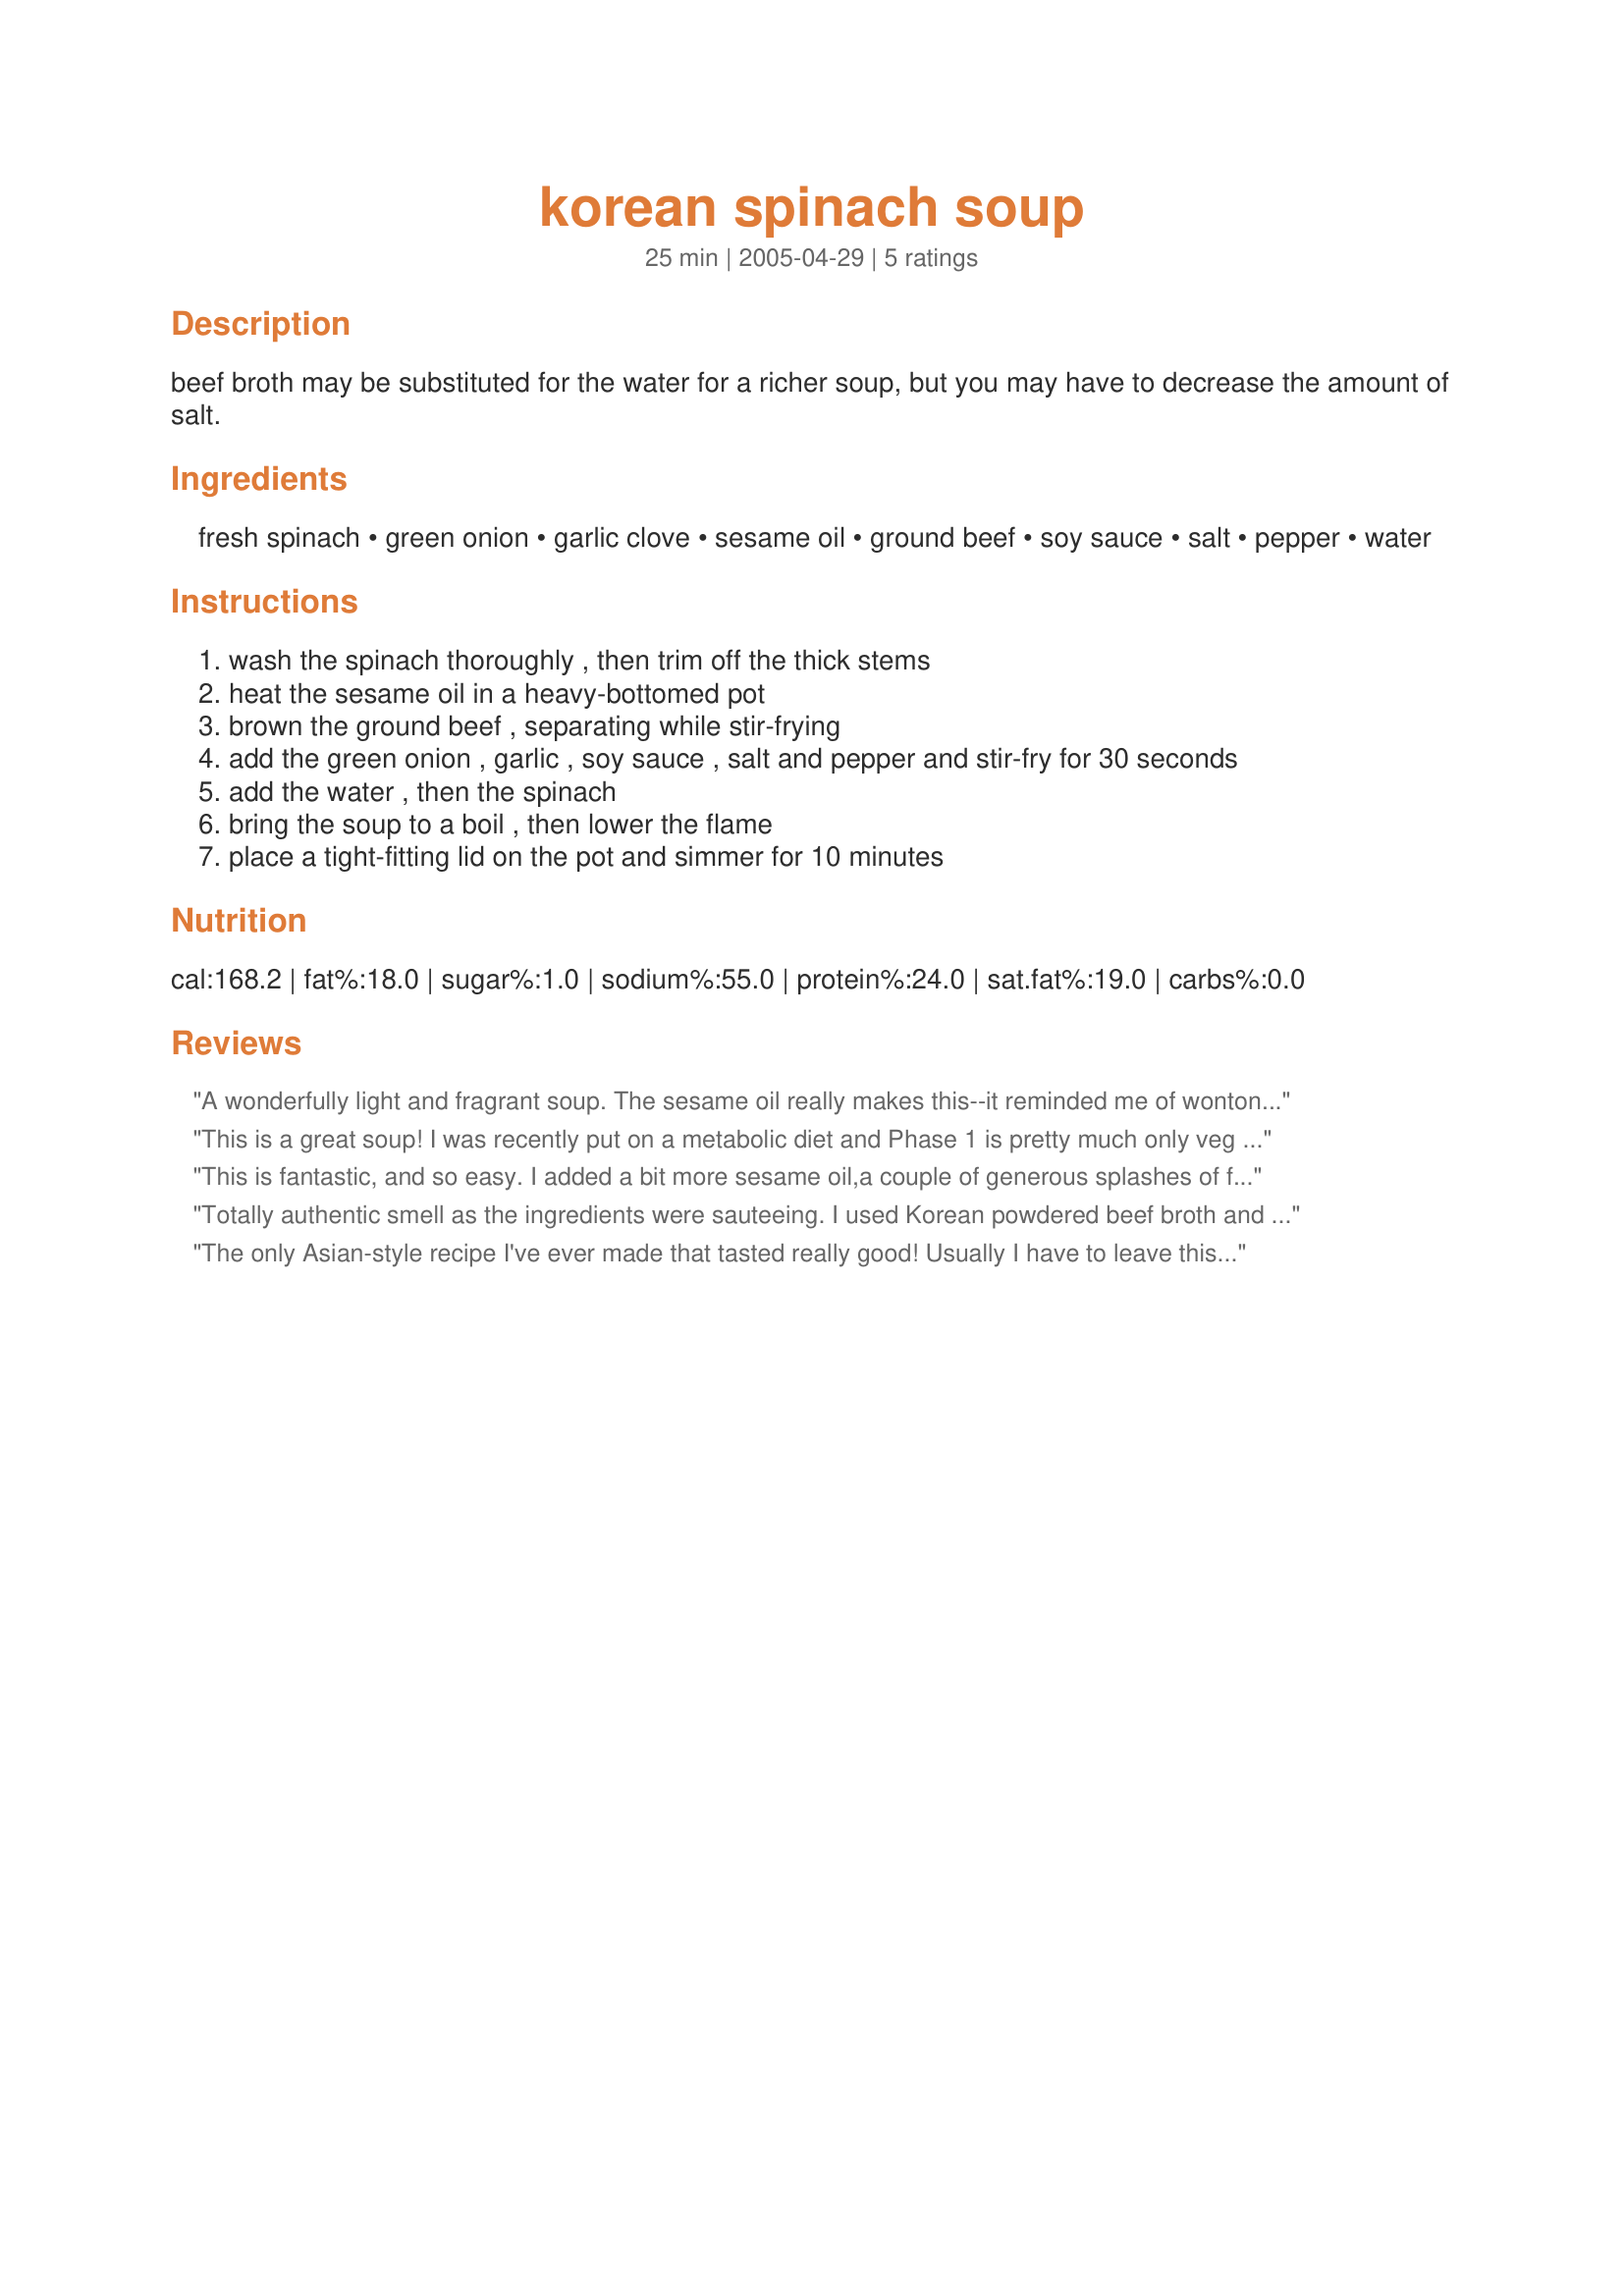
korean spinach soup
Preparation time: 25 minutes

beef broth may be substituted for the water for a richer soup, but you may have to decrease the amount of salt.

Ingredients:
fresh spinach, green onion, garlic clove, sesame oil, ground beef, soy sauce, salt, pepper, water

Steps:
wash the spinach thoroughly , then trim off the thick stems
heat the sesame oil in a heavy-bottomed pot
brown the ground beef , separating while stir-frying
add the green onion , garlic , soy sauce , salt and pepper and stir-fry for 30 seconds
add the water , then the spinach
bring the soup to a boil , then lower the flame
place a tight-fitting lid on the pot and simmer for 10 minutes

Reviews:
A wonderfully light and fragrant soup. The sesame oil really makes this--it reminded me of wonton soup meets my (Italian) comfort soup. I tinkered with the beef broth and the soy sauce to get the right amount of flavor (no added salt needed). I used ground turkey instead of beef and dried onion instead of scallions. I'll definitely be making this again.
This is a great soup!
I was recently put on a metabolic diet and Phase 1 is pretty much only veg and protein. When DR. said to try and do and much "dark green leafy" as you can, i started hunting for spinach recipes. This is an AWESOME soup!!
Thanks for posting it.


This is fantastic, and so easy. I added a bit more sesame oil,a couple of generous splashes of fish sauce and half a teaspoon of minced chilli to spice it up a bit. My fussy teenager loves it.
Totally authentic smell as the ingredients were sauteeing. I used Korean powdered beef broth and pureed it up with some soft tofu, and the results were wonderful.
The only Asian-style recipe I've ever made that tasted really good! Usually I have to leave this cuisine to the experts in the restaurants. Now I can make it at home and my family eats good, healthy soup. Excellent recipe!
